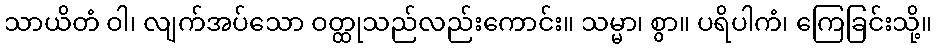
သာယိတံ ဝါ၊ လျက်အပ်သော ဝတ္ထုသည်လည်းကောင်း။ သမ္မာ၊ စွာ။ ပရိပါကံ၊ ကြေခြင်းသို့။